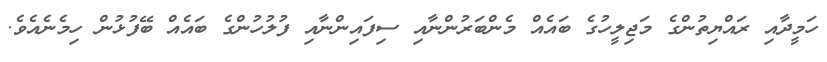
ހަމީދާއި ރައްޔިތުންގެ މަޖިލީހުގެ ބައެއް މެންބަރުންނާއި ސިފައިންނާއި ފުލުުހުންގެ ބައެއް ބޭފުޅުން ހިމެނެއެވެ.